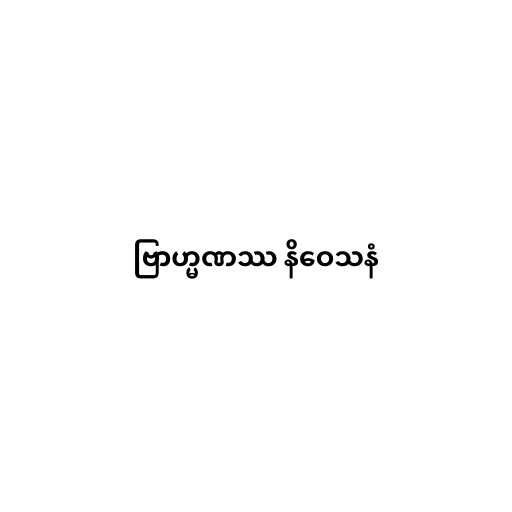
ဗြာဟ္မဏဿ နိဝေသနံ